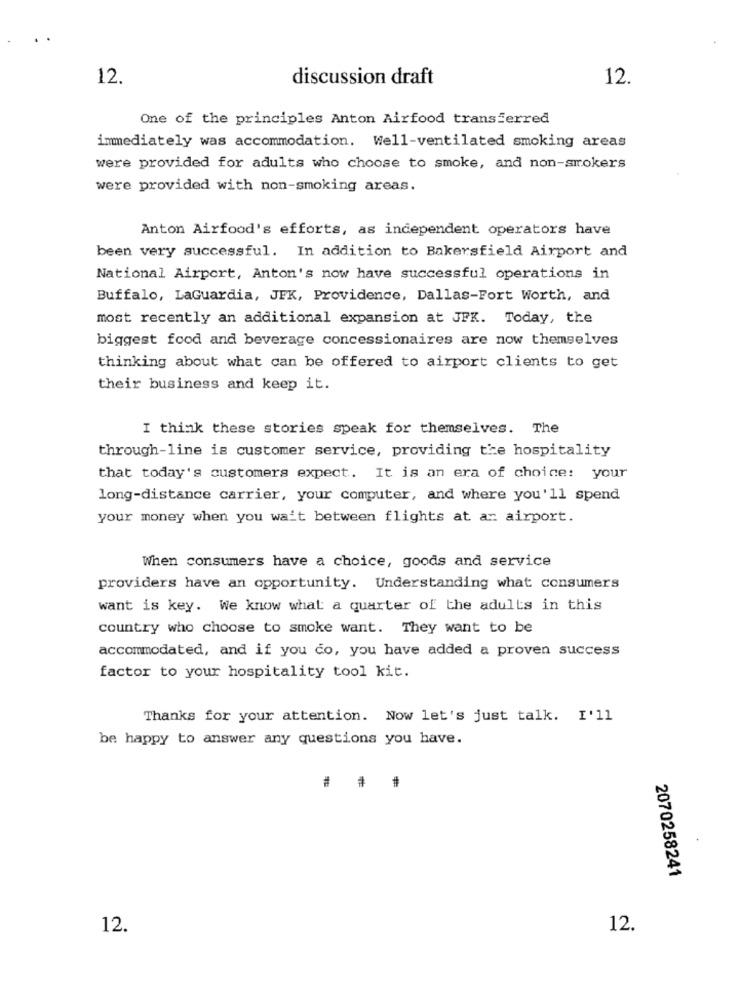
12.
discussion draft
12.
One of the principles Anton Airfood transferred
immediately was accommodation. Well-ventilated smoking areas
were provided for adults who choose to smoke, and non-smokers
were provided with non-smoking areas.
Anton Airfood's efforts, as independent operators have
been very successful. In addition to Bakersfield Airport and
National Airport, Anton's now have successful operations in
Buffalo, LaGuardia, JFK, Providence, Dallas-Fort Worth, and
most recently an additional expansion at JFK. Today, the
biggest food and beverage concessionaires are now themselves
thinking about what can be offered to airport clients to get
their business and keep it.
I think these stories speak for themselves. The
through-line is customer service, providing the hospitality
that today's customers expect. It is an era of choice: your
long-distance carrier, your computer, and where you'll spend
your money when you wait between flights at an airport.
When consumers have a choice, goods and service
providers have an opportunity. Understanding what consumers
want is key. We know what a quarter of the adults in this
country who choose to smoke want. They want to be
accommodated, and if you do, you have added a proven success
factor to your hospitality tool kit.
Thanks for your attention. Now let's just talk. I'll
be happy to answer any questions you have.
#
2070258241
12.
12.